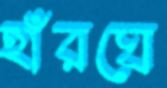
হাঁরঘে